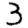
Digit: 3